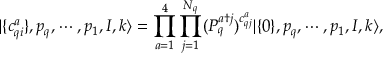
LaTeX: | \{ c _ { q i } ^ { a } \} , p _ { q } , \cdots , p _ { 1 } , I , k \rangle = \prod _ { a = 1 } ^ { 4 } \prod _ { j = 1 } ^ { N _ { q } } ( P _ { q } ^ { a \dagger j } ) ^ { c _ { q j } ^ { a } } | \{ 0 \} , p _ { q } , \cdots , p _ { 1 } , I , k \rangle ,